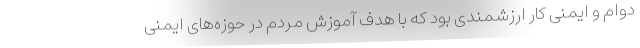
دوام و ایمنی کار ارزشمندی بود که با هدف آموزش مردم در حوزه‌های ایمنی